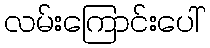
လမ်းကြောင်းပေါ်